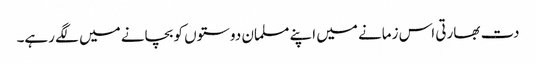
دت بھارتی اس زمانے میں اپنے مسلمان دوستوں کو بچانے میں لگے رہے۔